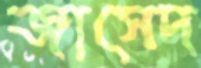
জাসেদ